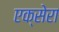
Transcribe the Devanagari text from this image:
एक्सेरा